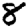
Digit: 8